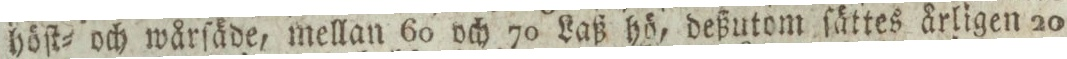
höſt= och wårſäde, mellan 60 och 70 Laß hö, deßutom ſättes årligen 20